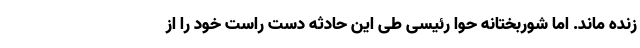
زنده ماند. اما شوربختانه حوا رئیسی طی این حادثه دست راست خود را از